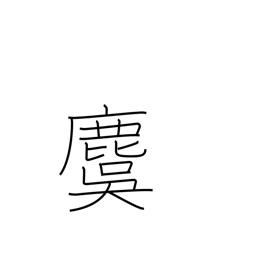
Meaning: stag